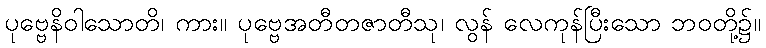
ပုဗ္ဗေနိဝါသောတိ၊ ကား။ ပုဗ္ဗေအတီတဇာတီသု၊ လွန် လေကုန်ပြီးသော ဘဝတို့၌။